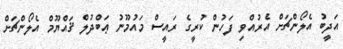
އަދީބު އެލޯންޗަށް އެރުއްވި ފަހުން ކުރީގެ ރައީސް މައުމޫނު ޢަބްދުލް ޤައްޔޫމް އެލޯންޗަށް